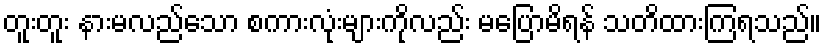
တူးတူး နားမလည်သော စကားလုံးများကိုလည်း မပြောမိရန် သတိထားကြရသည်။